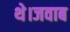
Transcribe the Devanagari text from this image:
थे।जवाब